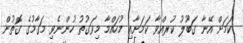
ކަމަށް އޭނާ ގަބޫލު ކުރއްވާ ކަމަށާއި މުހައްމާ މިވަގުތު ހުންނެވި މަގާމުގެ ގޮތުން